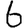
Digit: 6